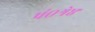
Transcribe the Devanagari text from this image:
पं०श्रेष्ठ